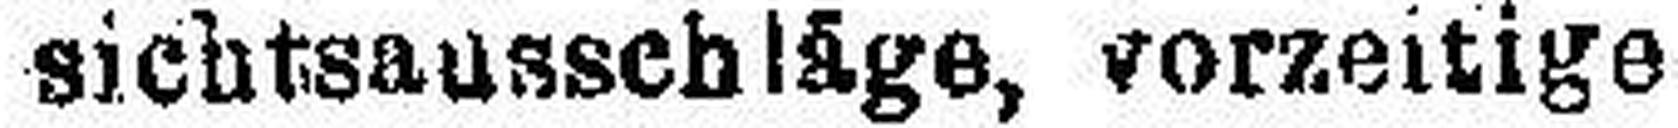
sichtsausschläge, vorzeitige